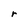
Character: r